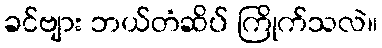
ခင်ဗျား ဘယ်တံဆိပ် ကြိုက်သလဲ။